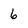
Character: 6